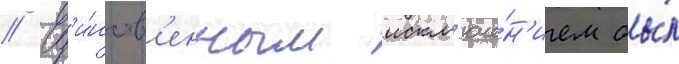
// Ед'и́нств'енным искл'юче́н'ием бы́л